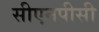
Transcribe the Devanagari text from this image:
सीएनपीसी